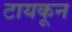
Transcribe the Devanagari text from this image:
टायकून